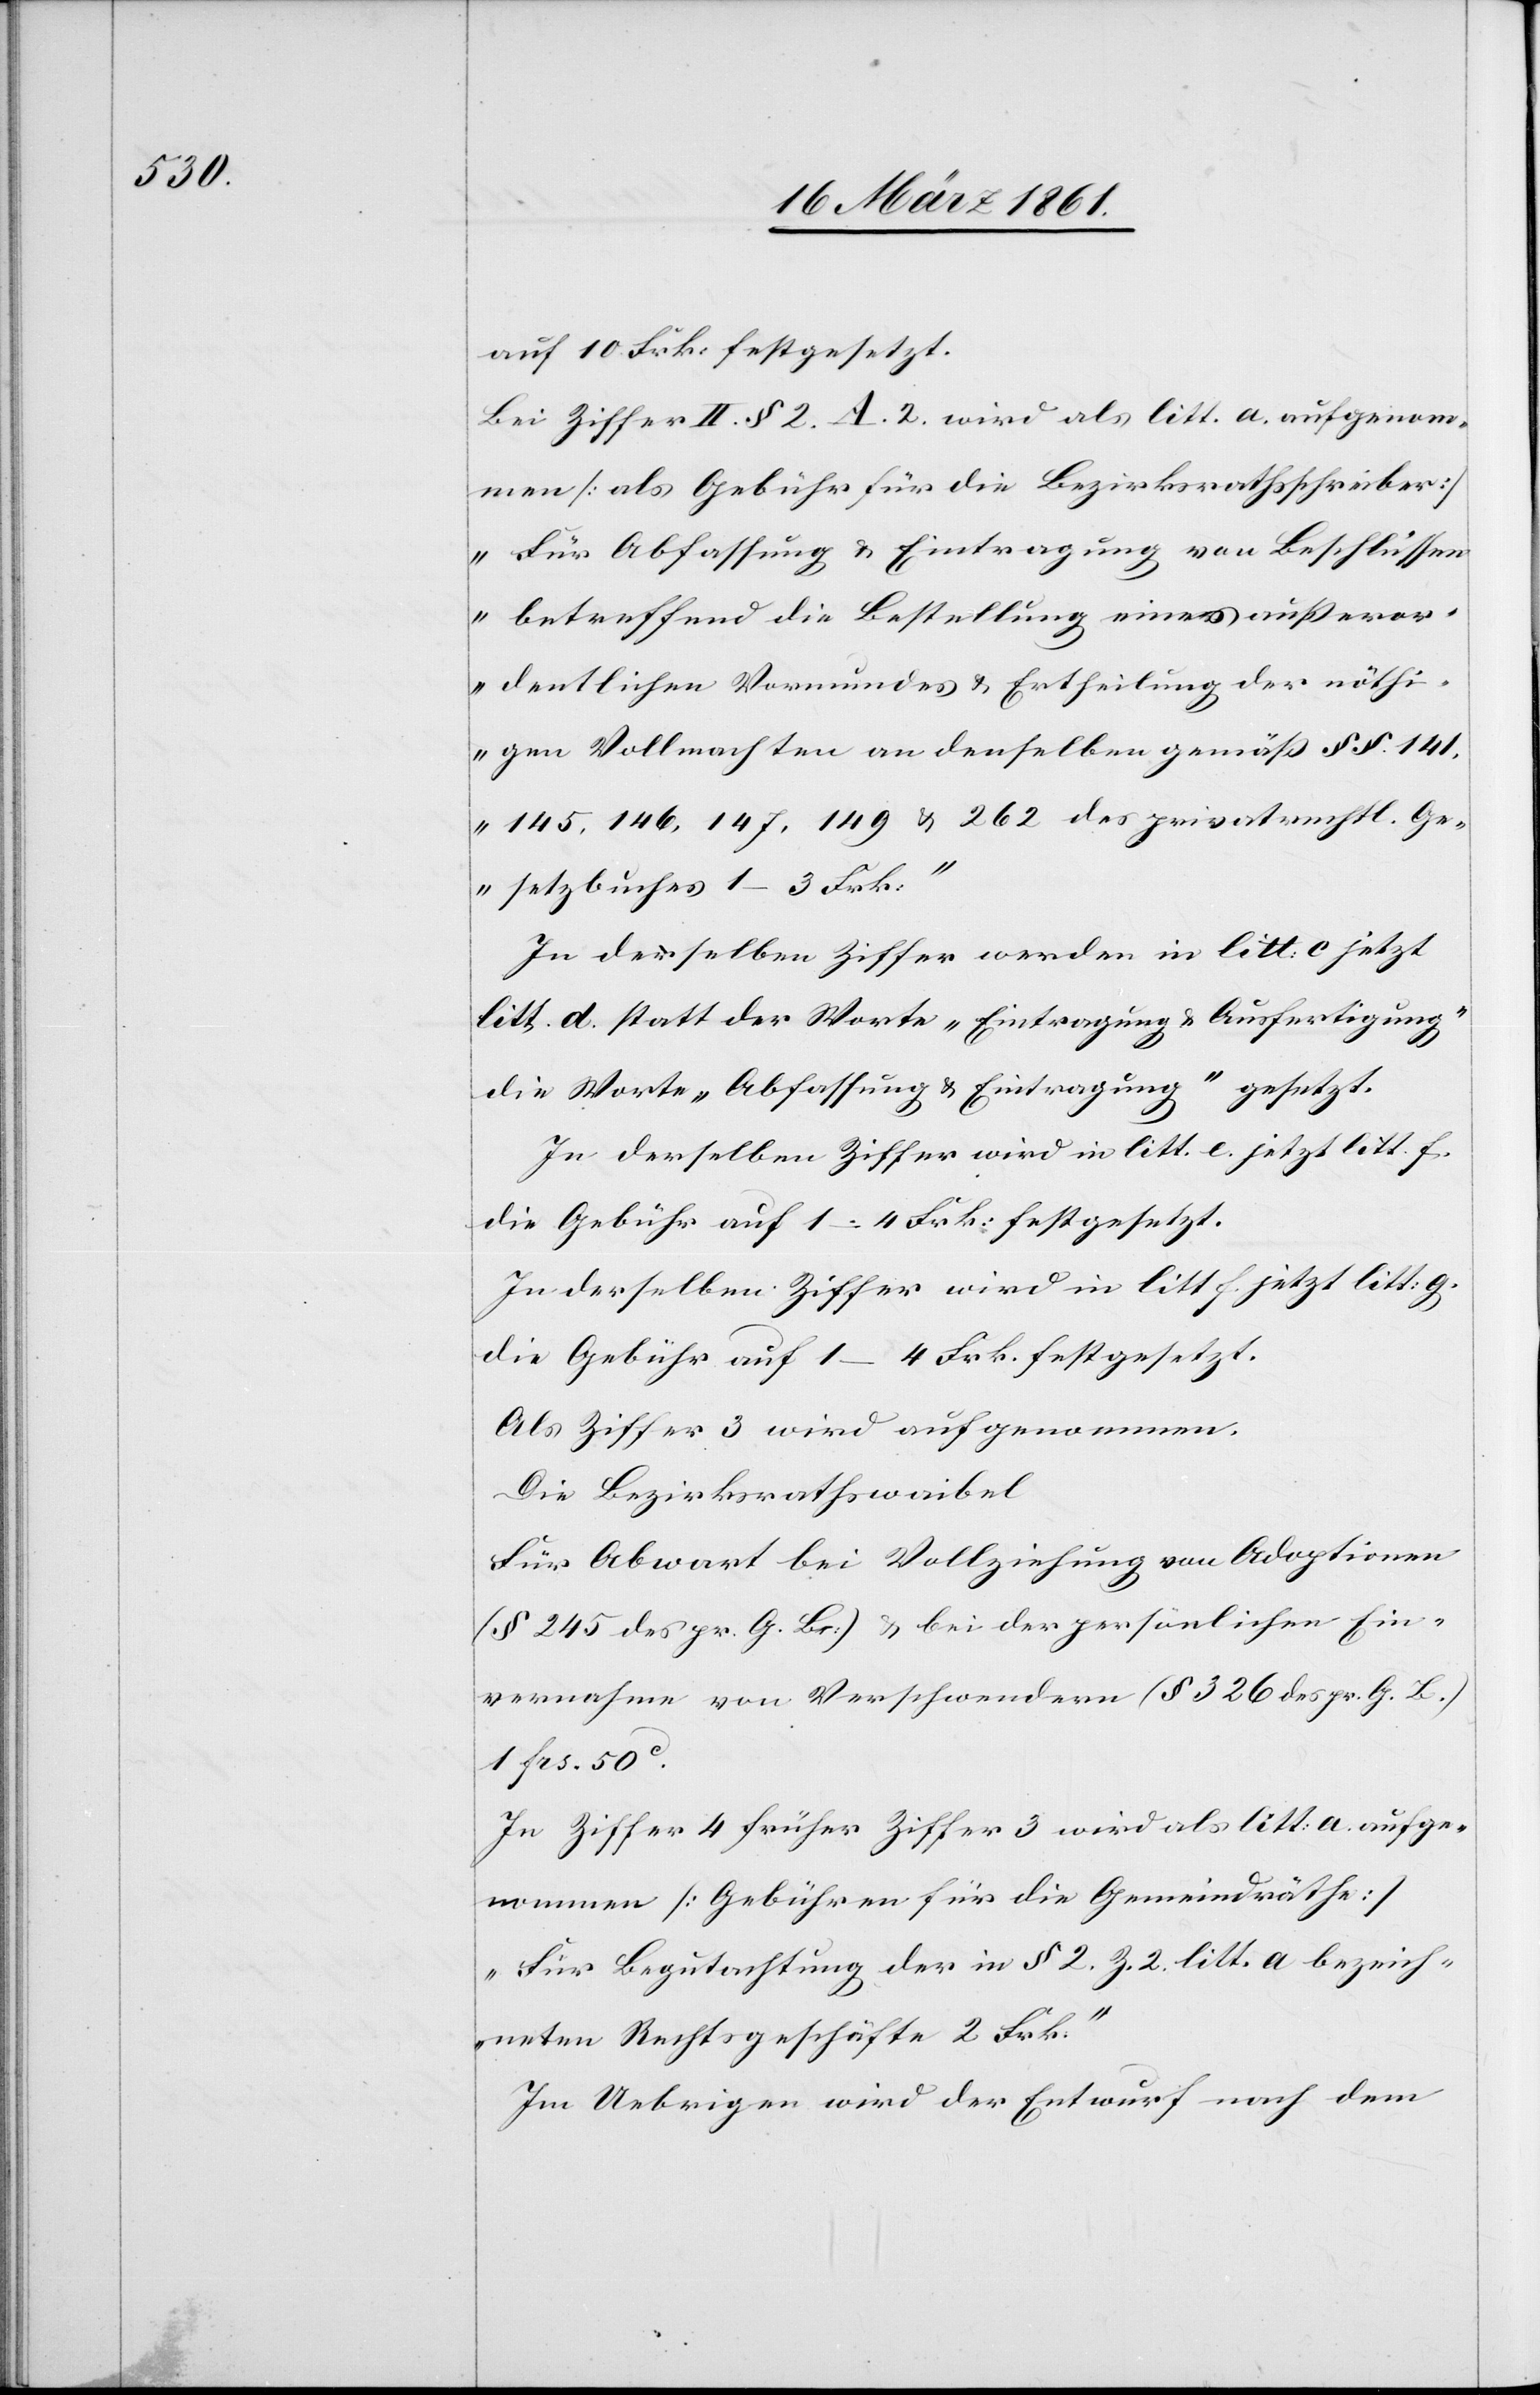
auf 10 Frk. festgesetzt.
Bei Ziffer II. § 2. A. 2 wird als litt. a aufgenom¬
men [als Gebühr für die Bezirksrathsschreiber]
„Für Abfassung u. Eintragung von Beschlüssen
betreffend die Bestellung eines außeror¬
dentlichen Vormundes u. Ertheilung der nöthi¬
gen Vollmachten an denselben gemäß §§. 141[,]
145, 146, 147, 149 u. 262 des privatrechtl. Ge¬
setzbuches 1–3 Frk.“
In derselben Ziffer werden in litt: c jetzt
litt. d. statt der Worte „Eintragung u. Ausfertigung“
die Worte „Abfassung u. Eintragung“ gesetzt.
In derselben Ziffer wird in litt. e jetzt litt. f.
die Gebühr auf 1–4 Frk. festgesetzt.
In derselben Ziffer wird in litt. f jetzt litt. g
die Gebühr auf 1–4 Frk. festgesetzt.
Als Ziffer 3 wird aufgenommen.
Die Bezirksrathswaibel
Für Abwart bei Vollziehung von Adoptionen
(§ 245 des pr. G. Bs.), u. bei der persönlichen Ein¬
vernahme von Verschwendern (§ 326 des pr. G. B.)
1 fcs. 50C.
In Ziffer 4 früher Ziffer 3 wird als litt: a aufge¬
nommen [Gebühren für die Gemeindräthe]
„Für Begutachtung der in §. 2 Z. 2 litt. a bezeich¬
neten Rechtsgeschäfte 2 Frk.“
Im Uebrigen wird der Entwurf nach dem